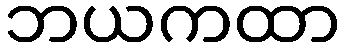
ဘယကထာ